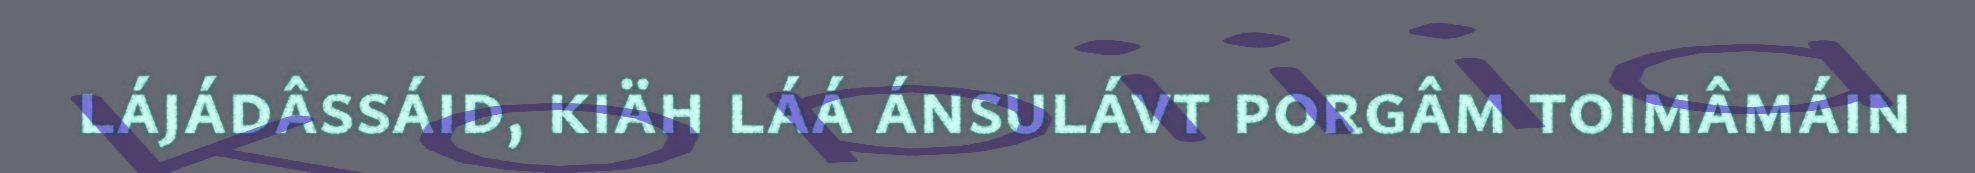
lájádâssáid, kiäh láá ánsulávt porgâm toimâmáin